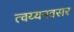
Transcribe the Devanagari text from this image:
त्वय्यनवसर